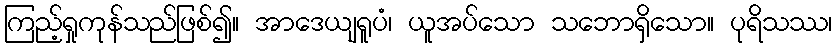
ကြည့်ရှုကုန်သည်ဖြစ်၍။ အာဒေယျရူပံ၊ ယူအပ်သော သဘောရှိသော။ ပုရိသဿ၊